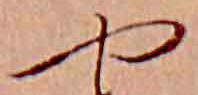
や